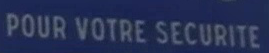
POUR VOTRE SECURITE